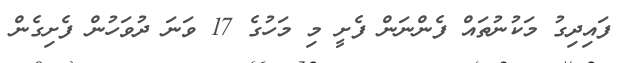
ފައިދިގު މަކުނުތައް ފެންނަން ފެށީ މި މަހުގެ 17 ވަނަ ދުވަހުން ފެށިގެން